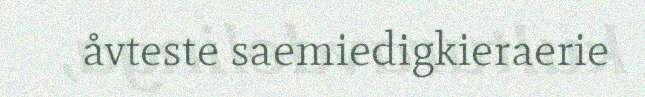
åvteste saemiedigkieraerie